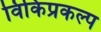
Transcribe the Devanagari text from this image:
विकिप्रकल्प